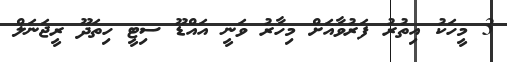
3 މީހަކު އިތުރު ފަރުވާއަށް މިހާރު ވަނީ އައްޑޫ ސިޓީ ހިތަދޫ ރީޖަނަލް